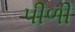
પીળી